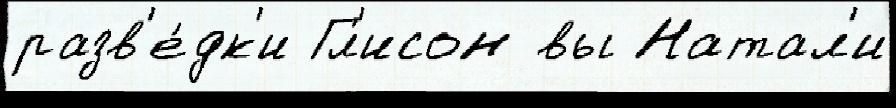
разв'е́дк'и Гл'исон вы Натал'и